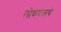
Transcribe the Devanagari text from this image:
लोकदलचे